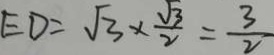
E D = \sqrt { 3 } \times \frac { \sqrt { 3 } } { 2 } = \frac { 3 } { 2 }